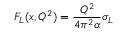
F _ { L } ( x , Q ^ { 2 } ) = { \frac { Q ^ { 2 } } { 4 \pi ^ { 2 } \alpha } } \sigma _ { L }